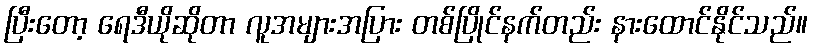
ပြီးတော့ ရေဒီယိုဆိုတာ လူအများအပြား တစ်ပြိုင်နက်တည်း နားထောင်နိုင်သည်။